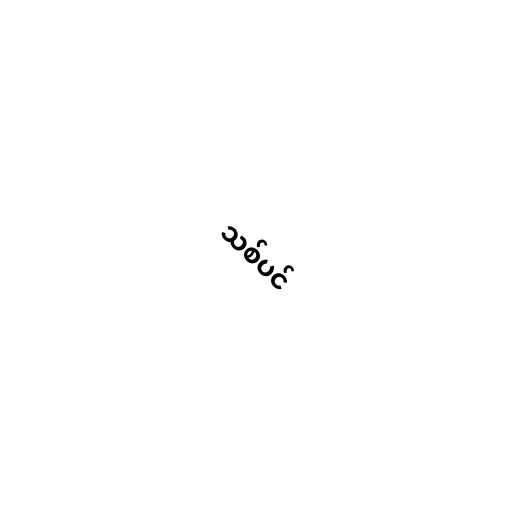
သစ်ပင်